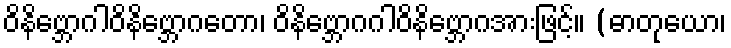
ဝိနိဗ္ဘောဂါဝိနိဗ္ဘောဂတော၊ ဝိနိဗ္ဘောဂဂါဝိနိဗ္ဘောဂအားဖြင့်။ (ဓာတုယော၊